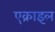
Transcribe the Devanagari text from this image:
एक्राइल